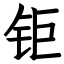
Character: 钜